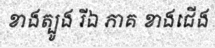
ខាងត្បូង រីឯ ភាគ ខាងជើង